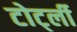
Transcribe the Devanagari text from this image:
टोर्ट्ली